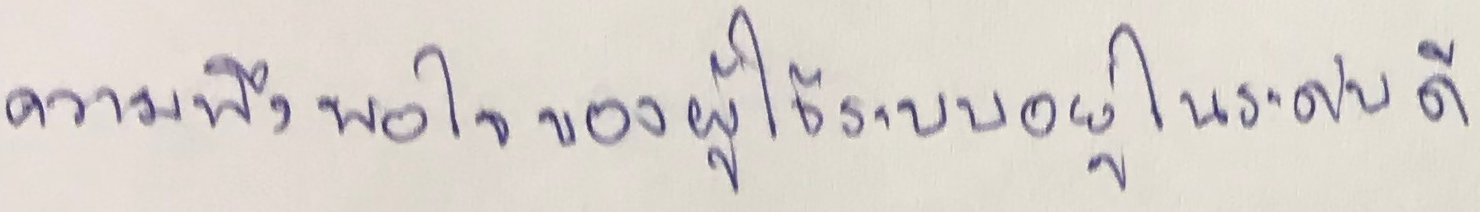
ความพึงพอใจของผู้ใช้ระบบอยู่ในระดับดี